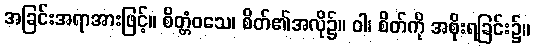
အခြင်းအရာအားဖြင့်။ စိတ္တံဝသေ၊ စိတ်၏အလို၌။ ဝါ၊ စိတ်ကို အစိုးရခြင်း၌။